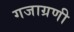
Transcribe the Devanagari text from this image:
गजाग्रणी